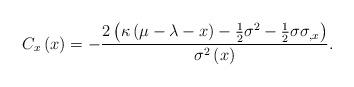
LaTeX: \begin{align*}C_{x}\left( x\right) =-\frac{2\left( \kappa \left( \mu -\lambda -x\right) -\frac{1}{2}\sigma ^{2}-\frac{1}{2}\sigma \sigma _{,x}\right) }{\sigma^{2}\left( x\right) }. \end{align*}